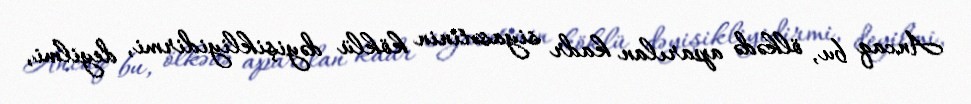
Ancaq bu, ölkədə aparılan kadr siyasətinin köklü dəyişikliyidirmi, deyilmi,